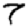
Digit: 7